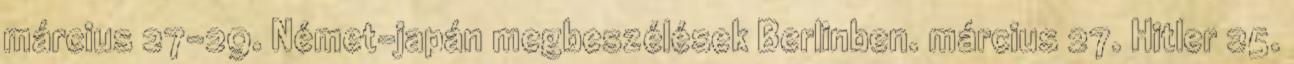
március 27-29. Német-japán megbeszélések Berlinben. március 27. Hitler 25.